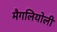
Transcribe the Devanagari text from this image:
मैगलियोली